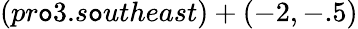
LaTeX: (pr\mathtt{o}3.s\mathtt{o}utheast)+(-2,-.5)